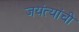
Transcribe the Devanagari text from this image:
जयंत्यांची